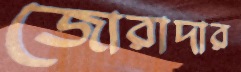
জোরাদার